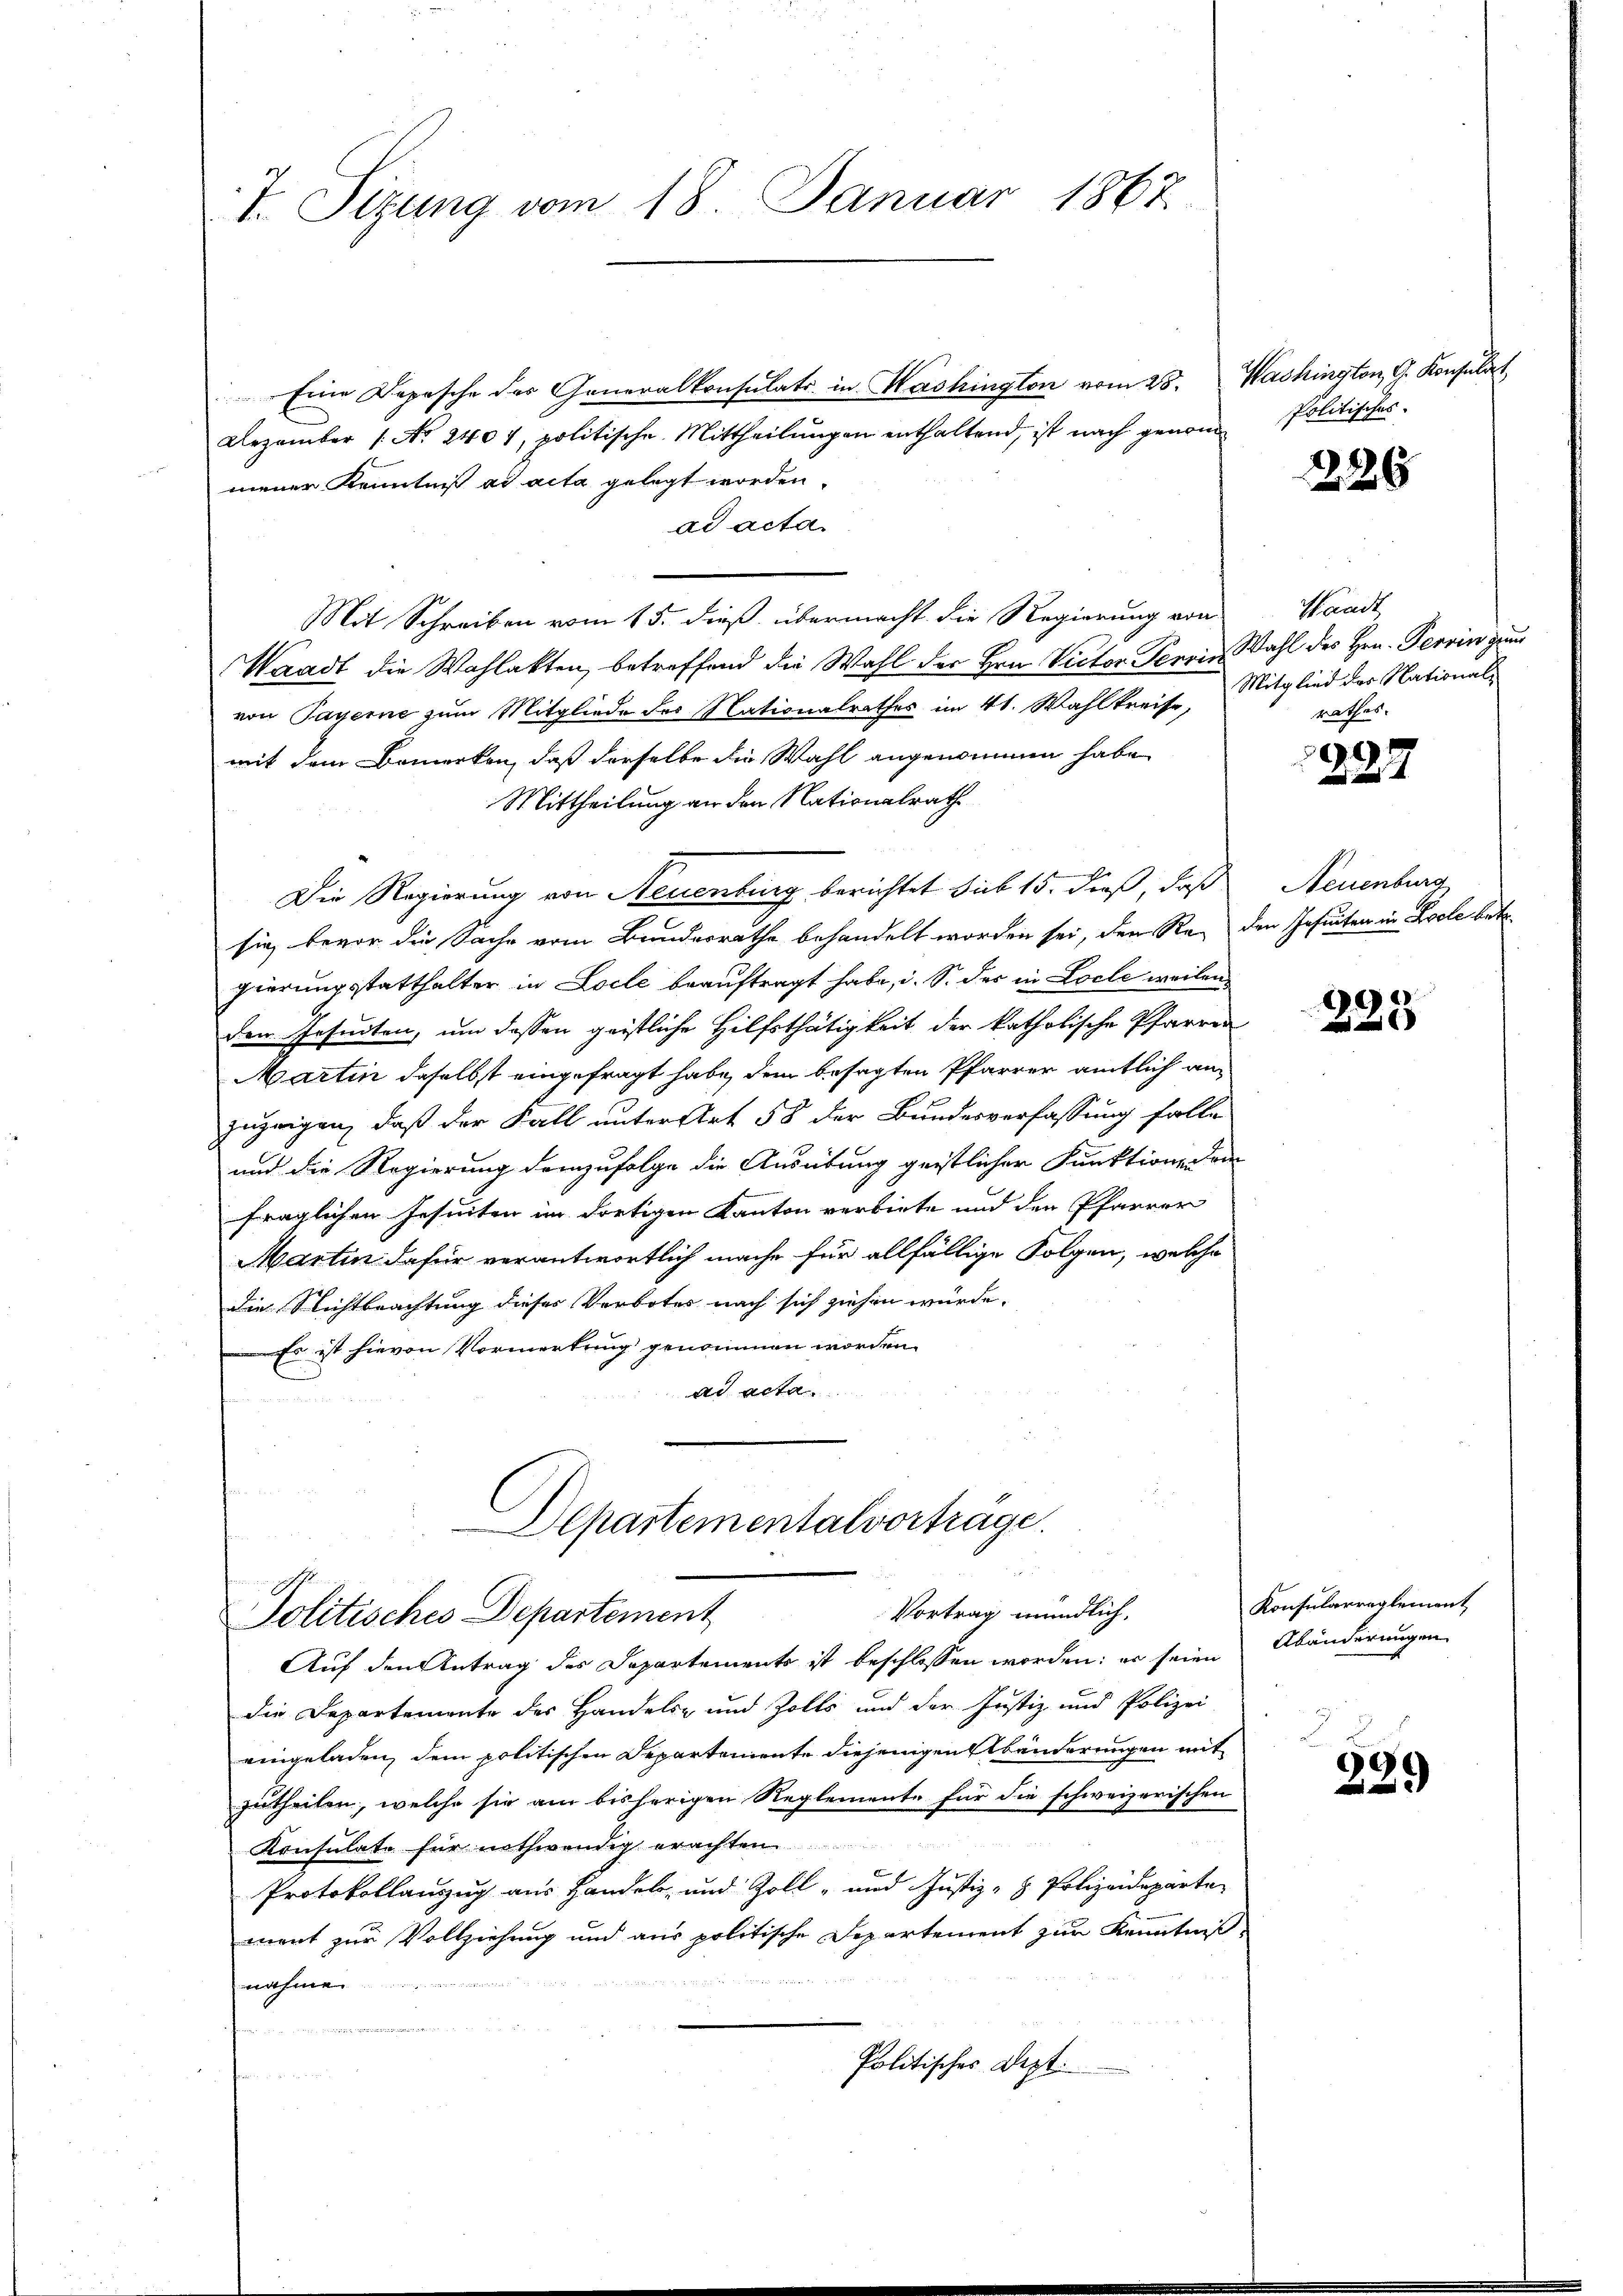
T. Sizung vom 18. Januar 1867.

Eine Depesche des Generalkonsulats in Washington vom 25. Washington, G. Konsula
Dezember 1. No. 2404, politische Mittheilŭngen enthaltend, ist nach genom Politisches
mener Kenntniß ad acta gelegt worden.
ad acta.
Mit Schreiben vom 15. dieß übermacht die Regierung von Waadt
Waadt die Wahlakten, betreffend die Wahl der Hrn. Victor Perrin Wahl des Hrn. Perrin zu
von Payerne zum Mitgliede des Nationalrathes im 41. Wahlkreise,
mit dem Bemerken, daß derselbe die Wahl angenommen habe,
Mittheilung an den Nationalrath
Die Regierung von Neuenburg berichtet sub 15. dieß, daß
sig, bevor die Sache vom Bundesrathe behandelt worden sei, der Re- den Jesuiten in Krole bei
gierungsstatthalter in Loche beauftragt habe, i. S. der in Locle weilen
den Jesuiten, um dessen geistliche Hilfsthätigkeit der katholische Pfarrer
Martin daselbst eingefragt habe, dem besagten Pfarrer amtlich an
zuzeigen, daß der Fall unter Art 58 der Bundesverfassung falle
und die Regierung demzufolge die Ausübung geistlicher Funktionen vo
fraglichen Jesuiten im dortigen Kanton verbiete und den Pfarrer
Martin dafür verantwortlich mache für allfällige Folgen, welche
Die Nichtbeachtung dieser Verbotes nach sich ziehen würde.
Es ist hievon Vormerkung genommen worden.
ad acta

Departementalvertrage.
Vortrag mündlich,
Politisches Departement

Auf den Antrag des Departements ist beschlossen worden; er seien
die Departemente des Handels- und Zolls und der Justiz- und Polizei
eingeladen, dem politischen Departemente diejenigenstbänderungen mit
zutheilen, welche sie am bisherigen Reglemente für die schweizerischen
Konsulate für nothwendig erachten
Protokollanzug aus Handel, und Zoll- und Justiz- & Polizeideparte
ment zur Vollziehung und aus politische Departement zur Kenntniß
.
t
t
Politisches Lezt.
u

226

Mitglied der Nationalrathes.

.
.

Neuenburg

223

Konsularreglement
Abänderungen

229